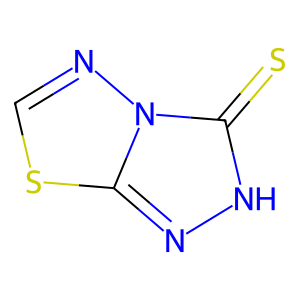
SMILES: S=c1[nH]nc2scnn12
Inhibits HIV replication: No